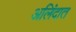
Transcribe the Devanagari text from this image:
अलिंदात